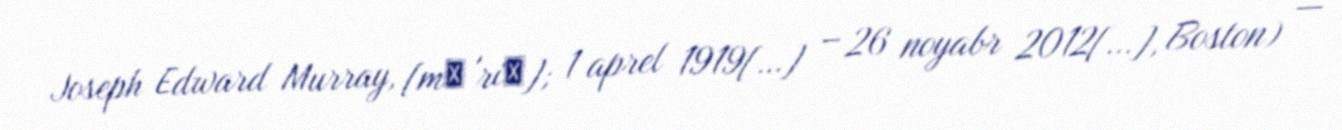
Joseph Edward Murray, [mɜ'riː]; 1 aprel 1919[…] – 26 noyabr 2012[…], Boston) —